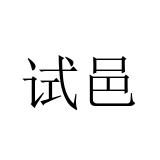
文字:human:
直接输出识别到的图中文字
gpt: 试邑